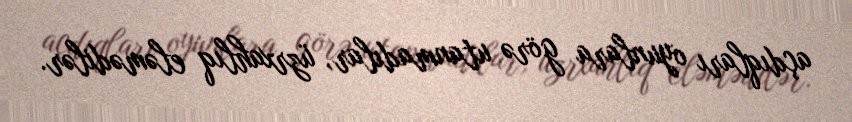
açdıqları oyunlara görə utanmadılar, üzrxahlıq eləmədilər.